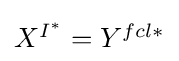
{\textstyle X^{I^{\ast }}=Y^{fcl\ast }}